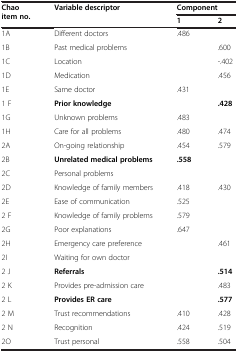
| <ROWSPAN=2> Chao item no. | <ROWSPAN=2> Variable descriptor | <COLSPAN=2> Component |
 | 1 | 2 |
 | --- | --- | --- | --- |
 | 1A | Different doctors | .486 |  |
 | 1B | Past medical problems |  | .600 |
 | 1C | Location |  | -.402 |
 | 1D | Medication |  | .456 |
 | 1E | Same doctor | .431 |  |
 | 1 F | Prior knowledge |  | .428 |
 | 1G | Unknown problems | .483 |  |
 | 1H | Care for all problems | .480 | .474 |
 | 2A | On-going relationship | .454 | .579 |
 | 2B | Unrelated medical problems | .558 |  |
 | 2C | Personal problems |  |  |
 | 2D | Knowledge of family members | .418 | .430 |
 | 2E | Ease of communication | .525 |  |
 | 2 F | Knowledge of family problems | .579 |  |
 | 2G | Poor explanations | .647 |  |
 | 2H | Emergency care preference |  | .461 |
 | 2I | Waiting for own doctor |  |  |
 | 2 J | Referrals |  | .514 |
 | 2 K | Provides pre-admission care |  | .483 |
 | 2 L | Provides ER care |  | .577 |
 | 2 M | Trust recommendations | .410 | .428 |
 | 2 N | Recognition | .424 | .519 |
 | 2O | Trust personal | .558 | .504 |